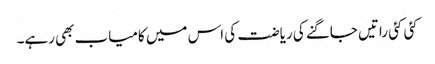
کئی کئی راتیں جاگنے کی ریاضت کی اس میں کامیاب بھی رہے۔